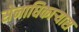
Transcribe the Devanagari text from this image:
सेनाधिकार्‍यास